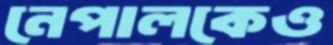
নেপালকেও